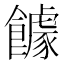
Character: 𲋠